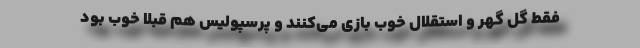
فقط گل گهر و استقلال خوب بازی می‌کنند و پرسپولیس هم قبلاً‌ خوب بود